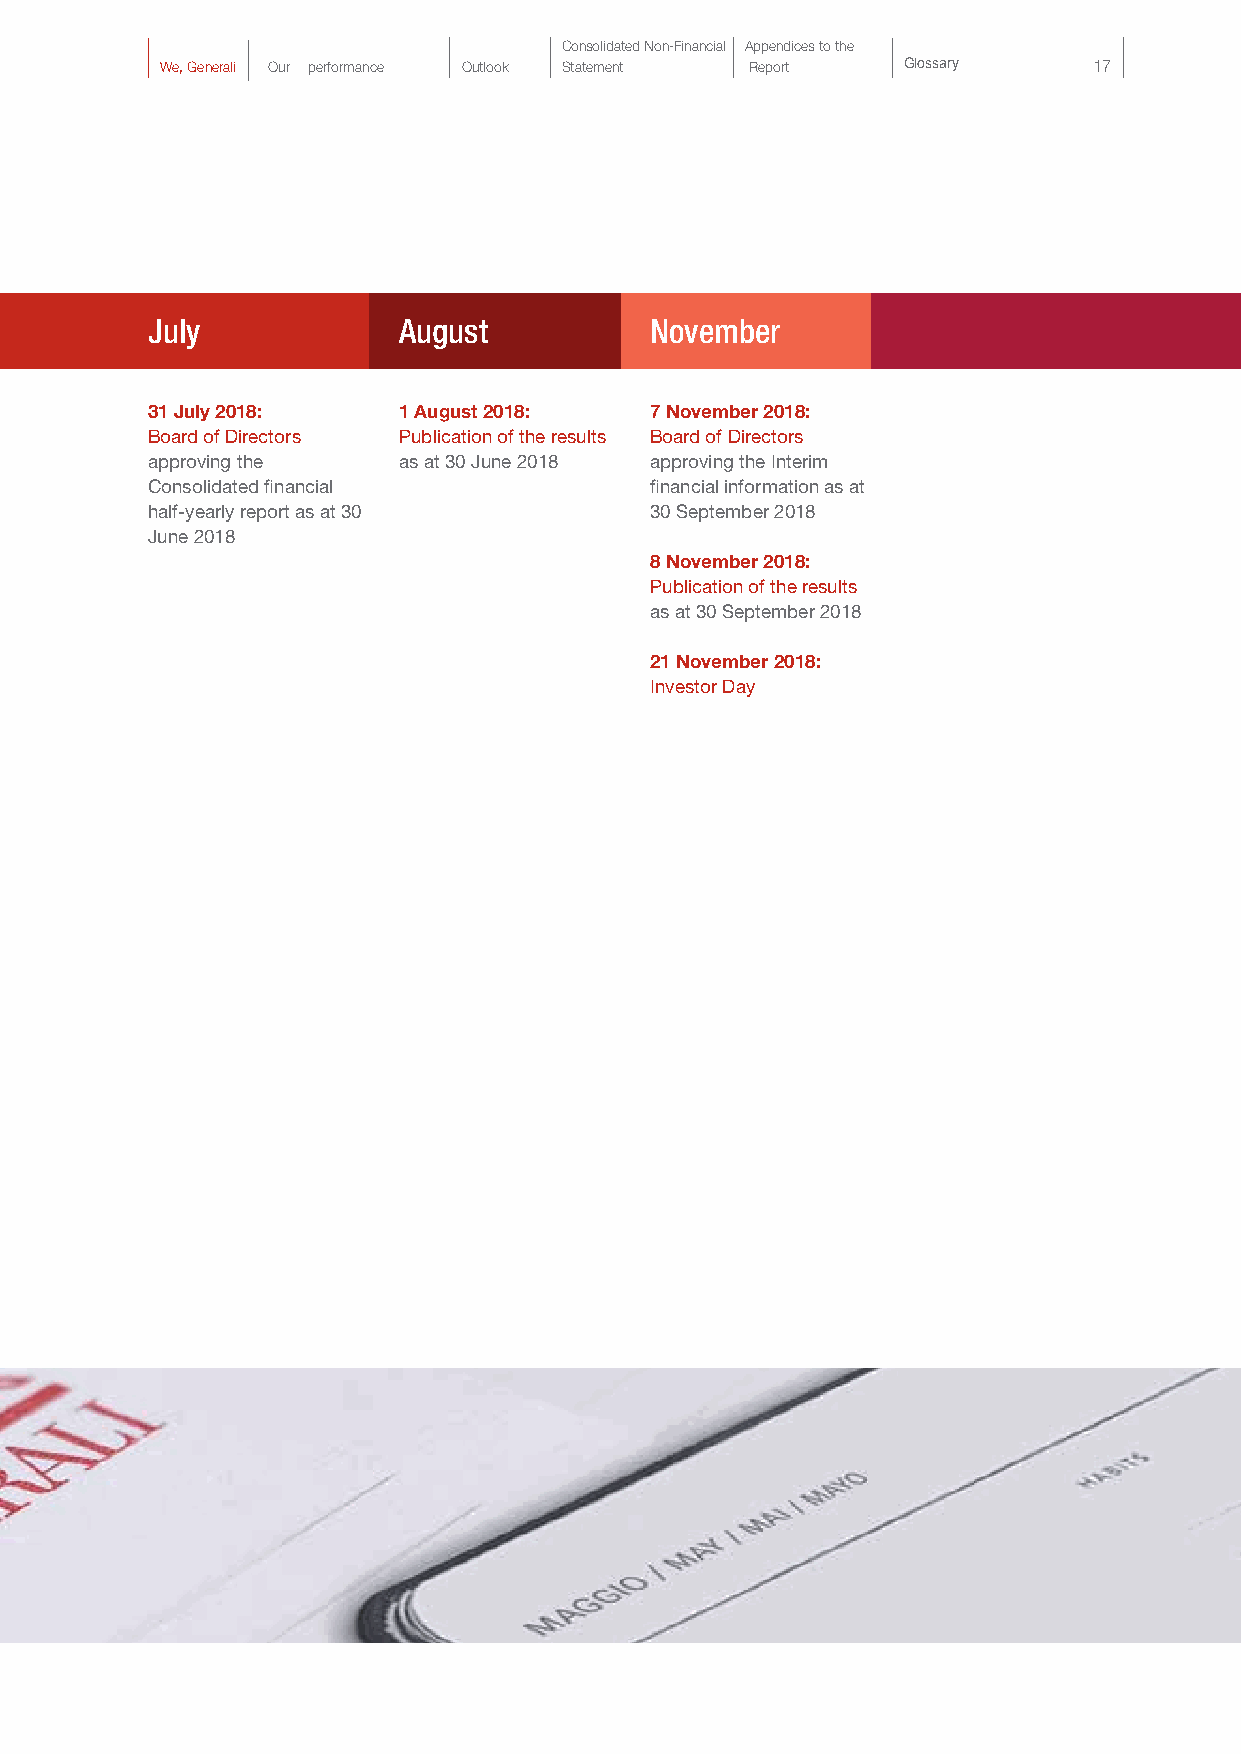
Consolidated Non-Financial Appendices to the
 We, Generali Our performance Outlook Statement Report Glossary 17
 July            August           November
 31 July 2018:   1 August 2018:   7 November 2018:
 Board of Directors Publication of the results Board of Directors
 approving the   as at 30 June 2018 approving the Interim
 Consolidated financial           financial information as at
 half-yearly report as at 30      30 September 2018
 June 2018
 8 November 2018:
 Publication of the results
 as at 30 September 2018
 21 November 2018:
 Investor Day